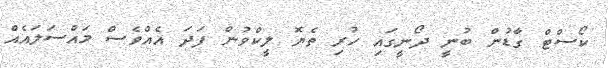
ކޯސްޓް ގާޑުން ބުނީ ދޯނީގައި ހުރި ތެޔޮ ލީކްވުން ފަދަ އެއްވެސް މައްސަލައެއް